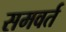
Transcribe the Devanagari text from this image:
समवर्त